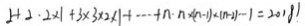
2 + 2 \cdot 2 \times 1 + 3 \times 3 \times 2 \times 1 + \cdots + n \cdot n \times ( n - 1 ) \times ( n - 2 ) \cdots 1 = 2 0 1 8 1 .